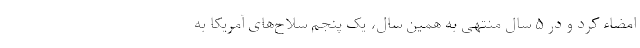
امضاء کرد و در ۵ سال منتهی به همین سال، یک پنجم سلاح‌های آمریکا به